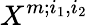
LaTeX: X^{m;i_{1},i_{2}}